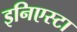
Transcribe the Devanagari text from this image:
इनिएस्टा